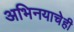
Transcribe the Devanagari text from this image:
अभिनयाचेही